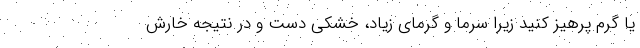
یا گرم پرهیز کنید زیرا سرما و گرمای زیاد، خشکی دست و در نتیجه خارش